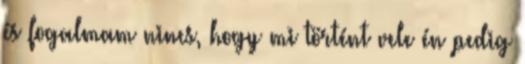
és fogalmam nincs, hogy mi történt vele én pedig